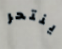
ينتحر